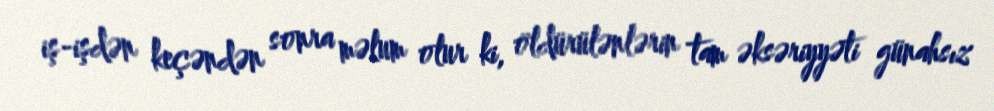
iş-işdən keçəndən sonra məlum olur ki, öldürülənlərin tam əksəriyyəti günahsız